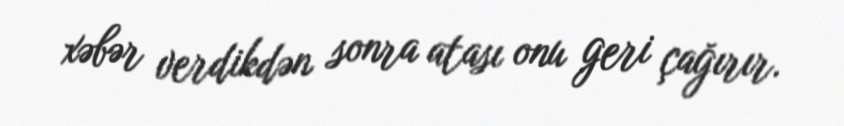
xəbər verdikdən sonra atası onu geri çağırır.